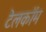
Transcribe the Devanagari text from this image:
टेलकॉम